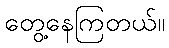
တွေ့နေကြတယ်။